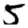
Digit: 5